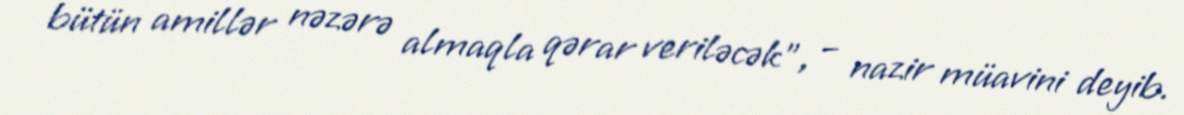
bütün amillər nəzərə almaqla qərar veriləcək”, – nazir müavini deyib.